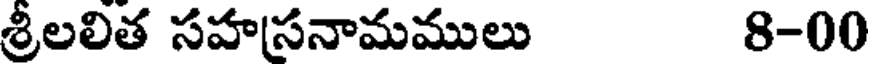
శ్రీలలిత సహసనామములు 8-00